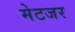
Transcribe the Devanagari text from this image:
मेटजर